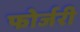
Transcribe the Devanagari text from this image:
फोर्जरी